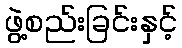
ဖွဲ့စည်းခြင်းနှင့်